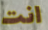
انت